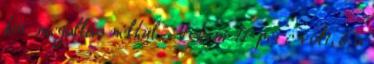
kör megállás nélkül. Nekem 17 perc volt, ő a